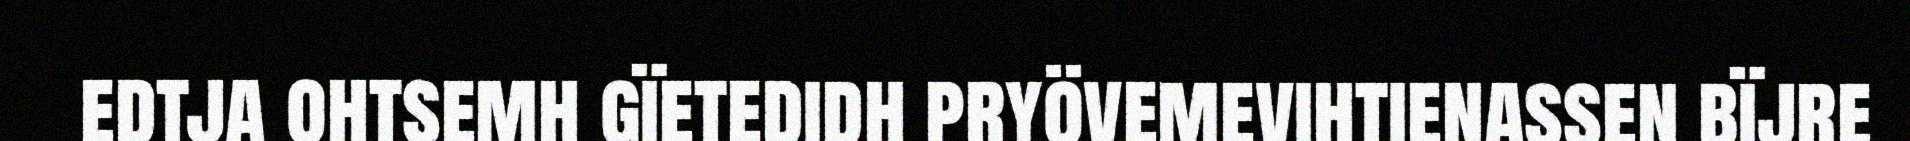
edtja ohtsemh gïetedidh pryövemevihtienassen bïjre